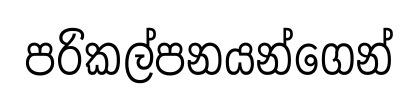
පරිකල්පනයන්ගෙන්